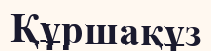
Құршақұз